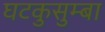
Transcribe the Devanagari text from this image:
घटकुसुम्बा